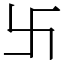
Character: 卐